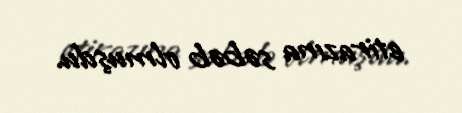
etirazına səbəb olmuşdu.